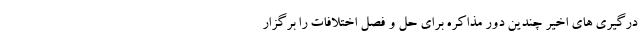
درگیری های اخیر چندین دور مذاکره برای حل و فصل اختلافات را برگزار